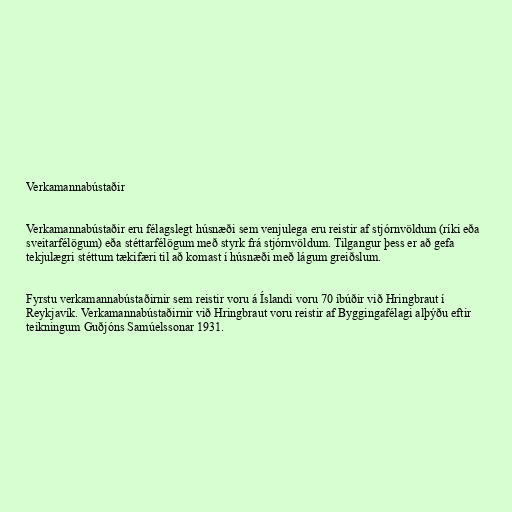
Verkamannabústaðir

Verkamannabústaðir eru félagslegt húsnæði sem venjulega eru reistir af stjórnvöldum (ríki eða
sveitarfélögum) eða stéttarfélögum með styrk frá stjórnvöldum. Tilgangur þess er að gefa
tekjulægri stéttum tækifæri til að komast í húsnæði með lágum greiðslum.

Fyrstu verkamannabústaðirnir sem reistir voru á Íslandi voru 70 íbúðir við Hringbraut í
Reykjavík. Verkamannabústaðirnir við Hringbraut voru reistir af Byggingafélagi alþýðu eftir
teikningum Guðjóns Samúelssonar 1931.